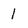
Character: 1